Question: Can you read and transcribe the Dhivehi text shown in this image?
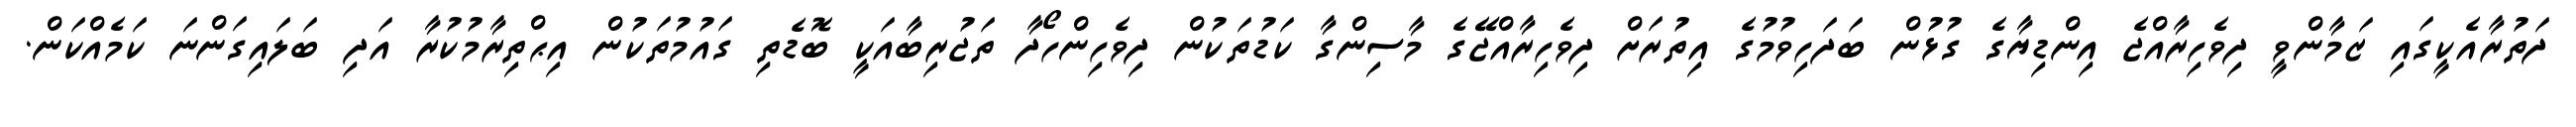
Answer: ދަތުރާއެކީގައި ޒަމާންވީ ދިވެހިރާއްޖެ އިންޑިޔާގެ ގުޅުން ބަދަހިވުމުގެ އިތުރަށް ދިވެހިރާއްޖޭގެ މާސިންގާ ކަޑުތަކުން ދިވެހިންހޯދާ ތަޖުރިބާއަކީ ބޮޑެތި ގައުމުތަކުން އިޙްތިރާމުކުރާ އަދި ބަލައިގަންނަ ކަމެއްކަން.